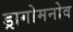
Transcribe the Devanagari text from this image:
ड्रागोमनोव